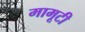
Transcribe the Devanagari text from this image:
मामूटी